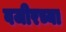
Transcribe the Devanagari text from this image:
वजीरच्या